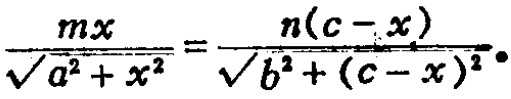
\(\frac{mx}{\sqrt{a^{2}+x^{2}}}=\frac{n(c - x)}{\sqrt{b^{2}+(c - x)^{2}}}\)